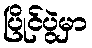
ပြိုင်ပွဲမှာ